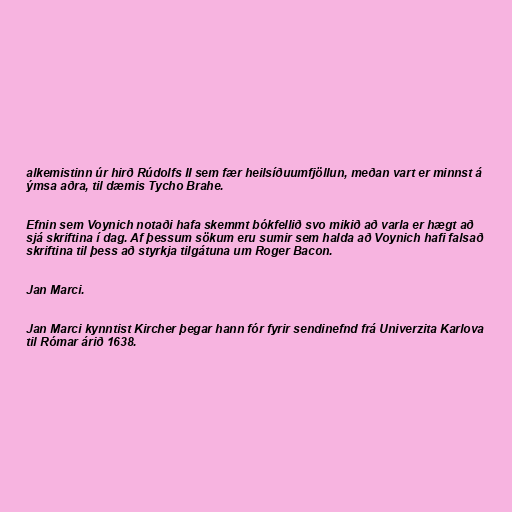
alkemistinn úr hirð Rúdolfs II sem fær heilsíðuumfjöllun, meðan vart er minnst á
ýmsa aðra, til dæmis Tycho Brahe.

Efnin sem Voynich notaði hafa skemmt bókfellið svo mikið að varla er hægt að
sjá skriftina í dag. Af þessum sökum eru sumir sem halda að Voynich hafi falsað
skriftina til þess að styrkja tilgátuna um Roger Bacon.

Jan Marci.

Jan Marci kynntist Kircher þegar hann fór fyrir sendinefnd frá Univerzita Karlova
til Rómar árið 1638.